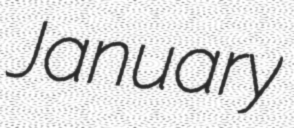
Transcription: January